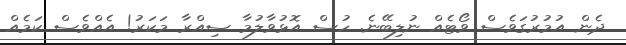
ދެން އުމުރުގަވެސް ވޯޓެއް ނުލިބޭނެ. ހުސް އޮޅުވާލުމާ ސިއްރާ މަކަރު! އެއްވެސް ކަމެއް